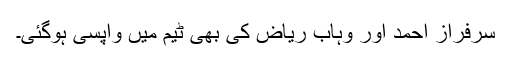
سرفراز احمد اور وہاب ریاض کی بھی ٹیم میں واپسی ہوگئی۔